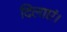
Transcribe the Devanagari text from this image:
दिलाएं।